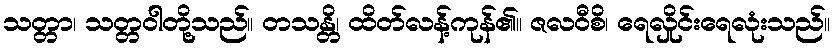
သတ္တာ၊ သတ္တဝါတို့သည်။ တသန္တိ၊ ထိတ်လန့်ကုန်၏။ ဇလဝီစိ၊ ရေလှိုင်းရေလုံးသည်။